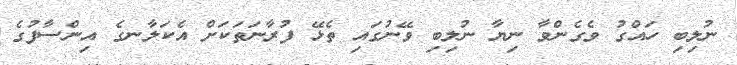
ނުލިބި ހައްގު ވެގެންވާ ނިޔާ ނުލިބި ވޭނުގައި ތެޅޭ ފުރާނަތަކަށް އެކަލާނގެ އިންސާފުގެ